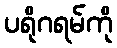
ပရိုဂရမ်ကို